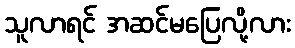
သူလာရင် အဆင်မပြေလို့လား